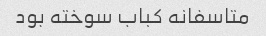
متاسفانه کباب سوخته بود